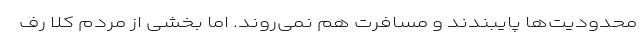
محدودیت‌ها پایبندند و مسافرت هم نمی‌روند. اما بخشی از مردم کلا رف